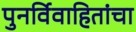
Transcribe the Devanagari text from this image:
पुनर्विवाहितांचा